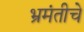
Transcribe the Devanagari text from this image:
भ्रमंतीचे